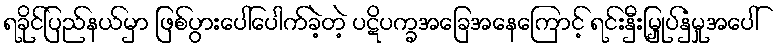
ရခိုင်ပြည်နယ်မှာ ဖြစ်ပွားပေါ်ပေါက်ခဲ့တဲ့ ပဋိပက္ခအခြေအနေကြောင့် ရင်းနှီးမြှုပ်နှံမှုအပေါ်